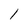
Character: l